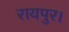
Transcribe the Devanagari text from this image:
रायपुर।